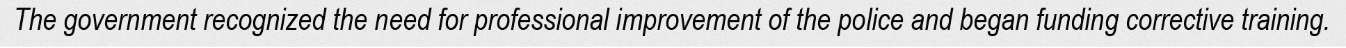
The government recognized the need for professional improvement of the police and began funding corrective training.